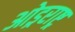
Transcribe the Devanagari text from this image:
ओड्रराष्ट्र